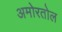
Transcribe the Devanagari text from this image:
अमोरतोल